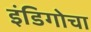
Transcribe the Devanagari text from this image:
इंडिगोचा